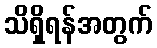
သိရှိရန်အတွက်